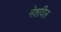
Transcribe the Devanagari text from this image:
नेशविल